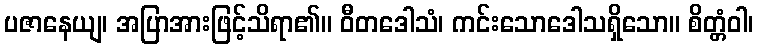
ပဇာနေယျ၊ အပြာအားဖြင့်သိရာ၏။ ဝီတဒေါသံ၊ ကင်းသောဒေါသရှိသော။ စိတ္တံဝါ၊